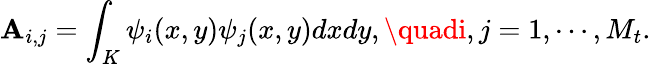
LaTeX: \mathbf{A}_{i,j}=\int_{K}\psi_{i}(x,y)\psi_{j}(x,y)dxdy,\quadi,j=1,\cdots,M_{t}.